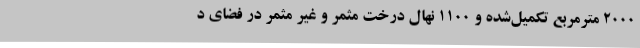
2000 مترمربع تکمیل‌شده و 1100 نهال درخت مثمر و غیر مثمر در فضای د